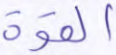
القوة